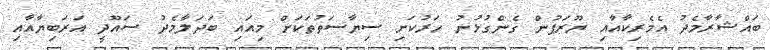
ބައްޝާރާމެދު އެމެރިކާއާއި ޔޫރަޕުން ގެންގުޅުނު ހަރުކަށި ސިޔާސަތުތަކަށް މިއައި ބަދަލާމެދު ސައޫދީ އަރަބިޔާއާއި